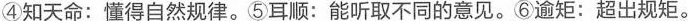
④知天命:懂得自然规律。⑤耳顺:能听取不同的意见。⑥谕矩:超出规矩。